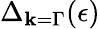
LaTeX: \Delta_{\textbf{k}=\Gamma}(\epsilon)